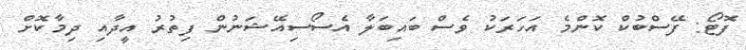
ފޮޓޯ: ފޭސްބުކް ކޮންމެ އަހަރަކު ވެސް ބައިބަލާ އެސޯސިއޭޝަނުން ފިތުރު އީދާއި ދިމާކޮށް